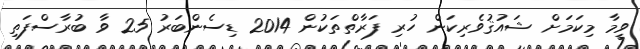
ވީމާ މިކަމަށް ޝައުޤުވެރިކަން ހުރި ފަރާތްތަކުން 2014 ޑިސެންބަރު 25 ވާ ބުރާސްފަތި